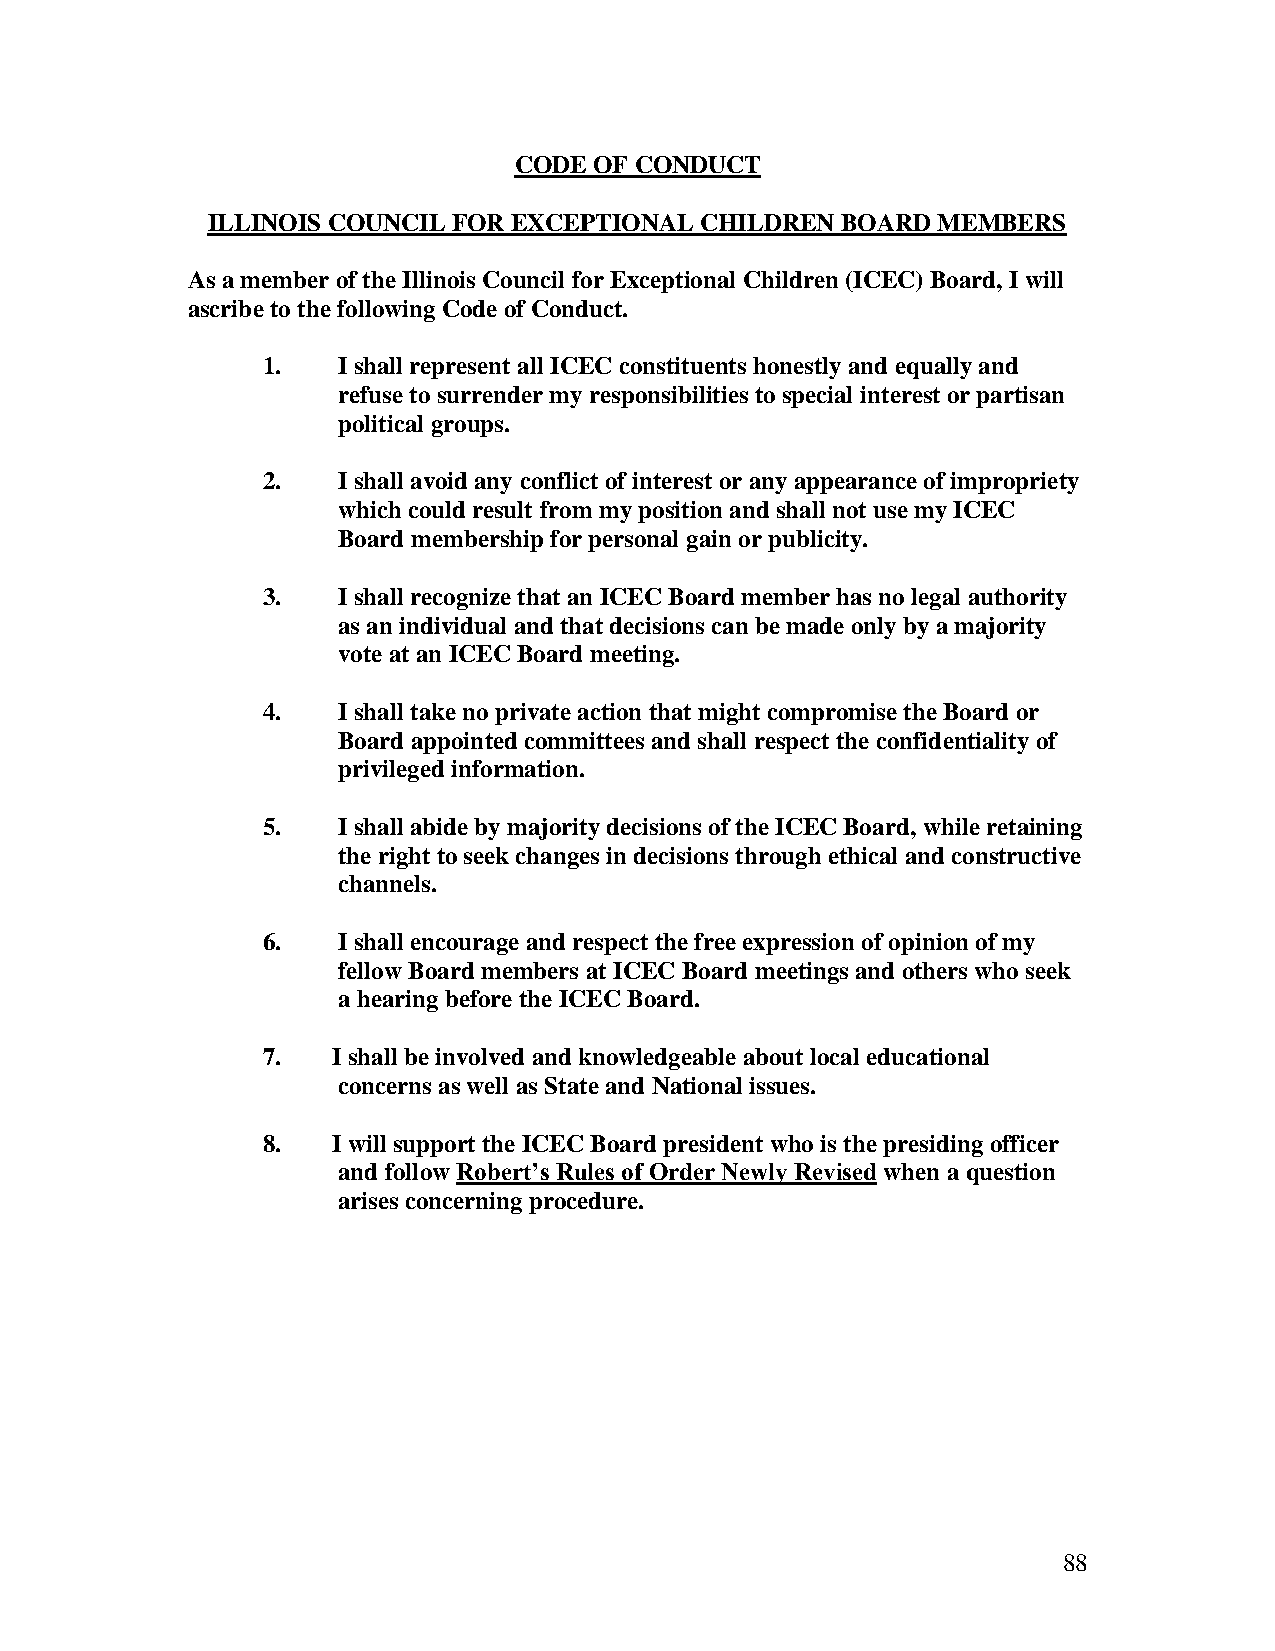
CODE OF CONDUCT
 ILLINOIS COUNCIL FOR EXCEPTIONAL CHILDREN BOARD MEMBERS
 As a member of the Illinois Council for Exceptional Children (ICEC) Board, I will
 ascribe to the following Code of Conduct.
 1.   I shall represent all ICEC constituents honestly and equally and
 refuse to surrender my responsibilities to special interest or partisan
 political groups.
 2.   I shall avoid any conflict of interest or any appearance of impropriety
 which could result from my position and shall not use my ICEC
 Board membership for personal gain or publicity.
 3.   I shall recognize that an ICEC Board member has no legal authority
 as an individual and that decisions can be made only by a majority
 vote at an ICEC Board meeting.
 4.   I shall take no private action that might compromise the Board or
 Board appointed committees and shall respect the confidentiality of
 privileged information.
 5.   I shall abide by majority decisions of the ICEC Board, while retaining
 the right to seek changes in decisions through ethical and constructive
 channels.
 6.   I shall encourage and respect the free expression of opinion of my
 fellow Board members at ICEC Board meetings and others who seek
 a hearing before the ICEC Board.
 7.   I shall be involved and knowledgeable about local educational
 concerns as well as State and National issues.
 8.   I will support the ICEC Board president who is the presiding officer
 and follow Robert’s Rules of Order Newly Revised when a question
 arises concerning procedure.
 88